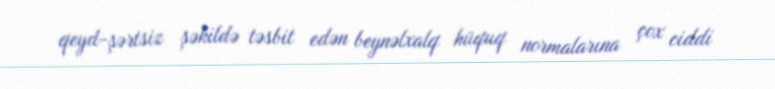
qeyd-şərtsiz şəkildə təsbit edən beynəlxalq hüquq normalarına çox ciddi